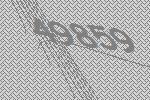
49859